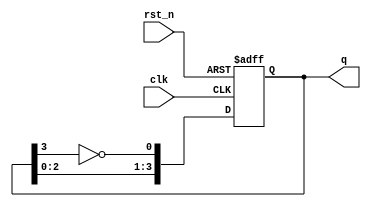
module johnson_counter (
    input wire clk,          // Clock input
    input wire rst_n,       // Asynchronous reset (active low)
    output reg [3:0] q      // 4-bit output representing the counter state
);

// Always block for the Johnson counter
always @(posedge clk or negedge rst_n) begin
    if (!rst_n) begin
        // Asynchronous reset: set counter to 0
        q <= 4'b0000;
    end else begin
        // Johnson counter logic
        q[0] <= ~q[3]; // Invert the last flip-flop output and feed to the first
        q[1] <= q[0];  // Shift the output of the first flip-flop to the second
        q[2] <= q[1];  // Shift the output of the second flip-flop to the third
        q[3] <= q[2];  // Shift the output of the third flip-flop to the fourth
    end
end

endmodule